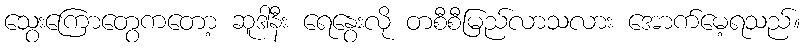
သွေးကြောတွေကတော့ ဆူဒါနီး ရေနွေးလို တစီစီမြည်လာသလား အောက်မေ့ရသည်။